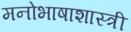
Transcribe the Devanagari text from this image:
मनोभाषाशास्त्री